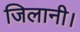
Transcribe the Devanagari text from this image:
जिलानी।